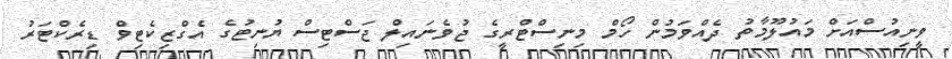
ވީނިއުސްއަށް މައުލޫމާތު ދެއްވަމުން ހޯމް މިނިސްޓްރީގެ ޖުވެނައިލް ޖަސްޓިސް ޔުނިޓުގެ އެގްޒިކެޓިވް ޑިރެކްޓަރު